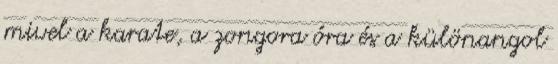
mivel a karate, a zongora óra és a különangol